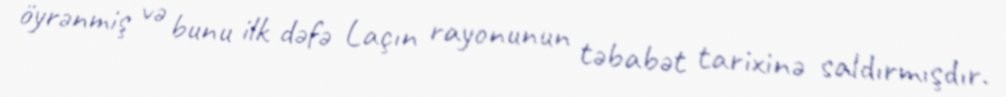
öyrənmiş və bunu ilk dəfə Laçın rayonunun təbabət tarixinə saldırmışdır.